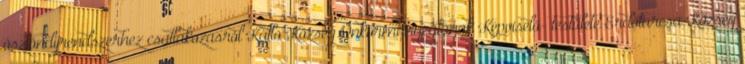
ösztöndíjrendszerhez csatlakozásról Kálló Község Önkormányzatának Képviselő- testülete Erdőtarcsa Község